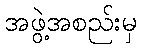
အဖွဲ့အစည်းမှ